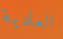
العادية